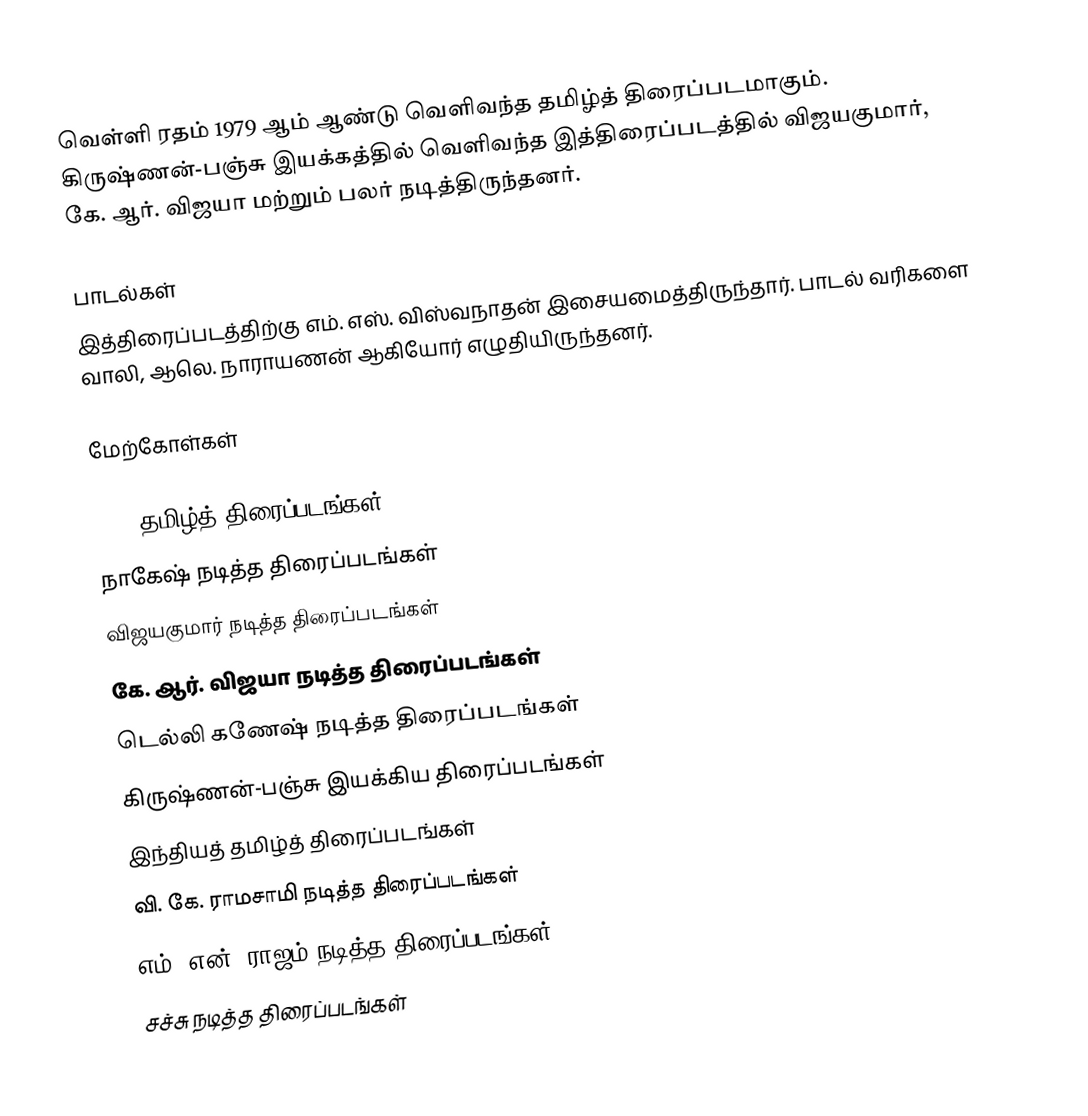
வெள்ளி ரதம் 1979 ஆம் ஆண்டு வெளிவந்த தமிழ்த் திரைப்படமாகும். கிருஷ்ணன்-பஞ்சு இயக்கத்தில் வெளிவந்த இத்திரைப்படத்தில் விஜயகுமார், கே. ஆர். விஜயா மற்றும் பலர் நடித்திருந்தனர்.

பாடல்கள்
இத்திரைப்படத்திற்கு எம். எஸ். விஸ்வநாதன் இசையமைத்திருந்தார். பாடல் வரிகளை வாலி, ஆலெ. நாராயணன் ஆகியோர் எழுதியிருந்தனர்.

மேற்கோள்கள்

1979 தமிழ்த் திரைப்படங்கள்
நாகேஷ் நடித்த திரைப்படங்கள்
விஜயகுமார் நடித்த திரைப்படங்கள்
கே. ஆர். விஜயா நடித்த திரைப்படங்கள்
டெல்லி கணேஷ் நடித்த திரைப்படங்கள்
கிருஷ்ணன்-பஞ்சு இயக்கிய திரைப்படங்கள்
இந்தியத் தமிழ்த் திரைப்படங்கள்
வி. கே. ராமசாமி நடித்த திரைப்படங்கள்
எம். என். ராஜம் நடித்த திரைப்படங்கள்
சச்சு நடித்த திரைப்படங்கள்